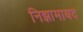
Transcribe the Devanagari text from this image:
निझामाबद